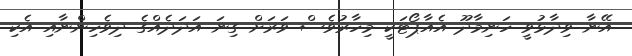
އޭނާ ވިދާޅުވީ ހަނިމާދޫ އެއާޕޯޓަކީ މިހާރުވެސް ވަރަށް ގިނަ އަދަދެއްގެ ދިވެހިންނާއި އެކި